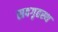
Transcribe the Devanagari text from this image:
सदगृहस्थ